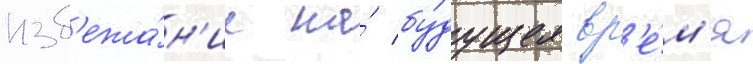
изб'ежа́н'ие на́ бу́дущее вр'е́м'я